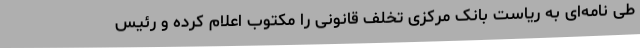
طی نامه‌ای به ریاست بانک مرکزی تخلف قانونی را مکتوب اعلام کرده و رئیس